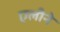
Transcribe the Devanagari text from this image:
एलीने